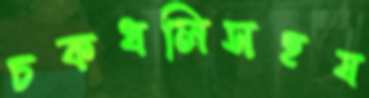
চকধলিসহয